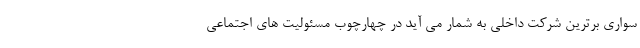
سواری برترین شرکت داخلی به شمار می آید در چهارچوب مسئولیت های اجتماعی